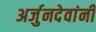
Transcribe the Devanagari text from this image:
अर्जुनदेवांनी